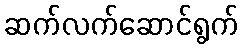
ဆက်လက်ဆောင်ရွက်